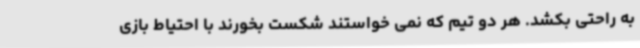
به راحتی بکشد. هر دو تیم که نمی خواستند شکست بخورند با احتیاط بازی